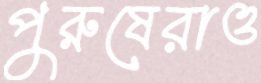
পুরুষেরাও